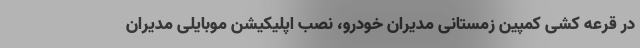
در قرعه کشی کمپین زمستانی مدیران خودرو، نصب اپلیکیشن موبایلی مدیران